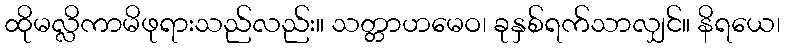
ထိုမလ္လိကာမိဖုရားသည်လည်း။ သတ္တာဟမေဝ၊ ခုနှစ်ရက်သာလျှင်။ နိရယေ၊